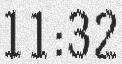
11:32